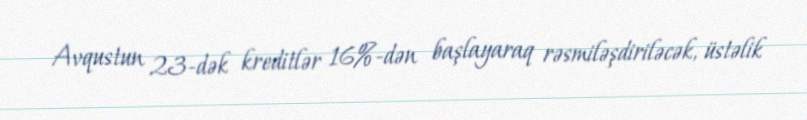
Avqustun 23-dək kreditlər 16%-dən başlayaraq rəsmiləşdiriləcək, üstəlik